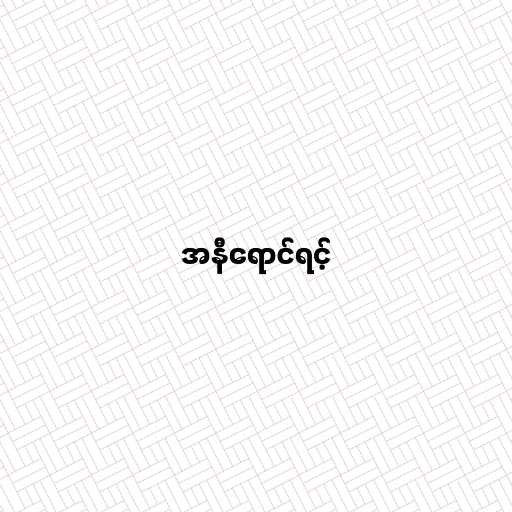
အနီရောင်ရင့်